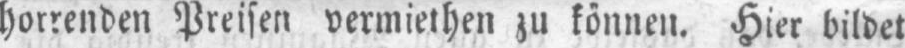
horrenden Preisen vermiethen zu können. Hier bildet